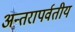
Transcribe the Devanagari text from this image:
अन्तरापर्वतीय